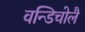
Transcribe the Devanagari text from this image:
वन्डिचोलै